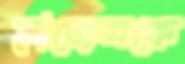
হাজেমকে